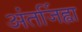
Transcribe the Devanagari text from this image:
अंतर्जिह्वा